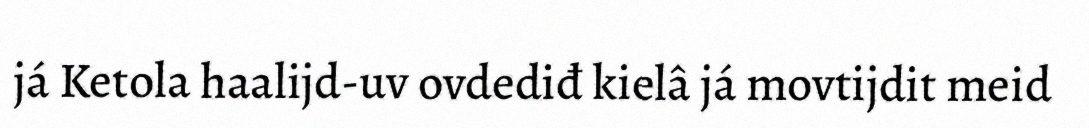
já Ketola haalijd-uv ovdediđ kielâ já movtijdit meid